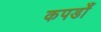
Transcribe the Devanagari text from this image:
कपडोँ